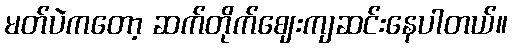
မတ်ပဲကတော့ ဆက်တိုက်ဈေးကျဆင်းနေပါတယ်။